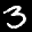
Label: 3